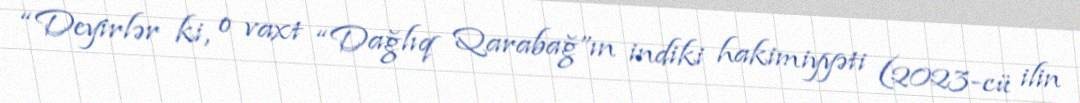
“Deyirlər ki, o vaxt “Dağlıq Qarabağ”ın indiki hakimiyyəti (2023-cü ilin